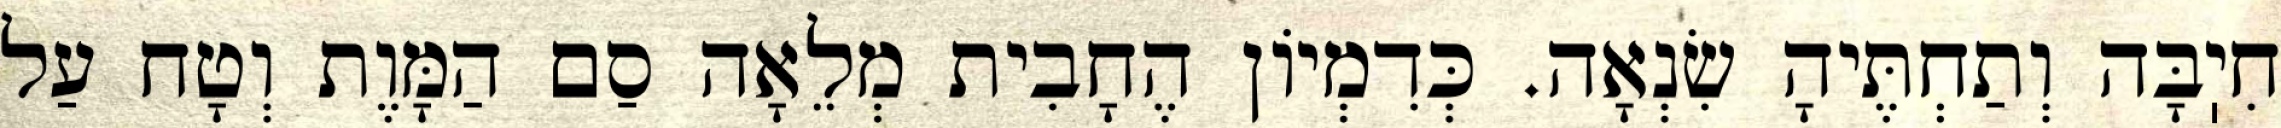
חִיֽבָּה וְתַחְתֶּיהָ שִׂנְאָה. כְּדִמְיוֹן הֶחָבִית מְלֵאָה סַם הַמָּוֶת וְטָח עַל